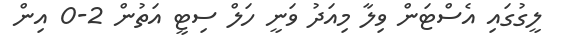
ލީގުގައި އެސްޓަން ވިލާ މިއަދު ވަނީ ހަލް ސިޓީ އަތުން 2-0 އިން